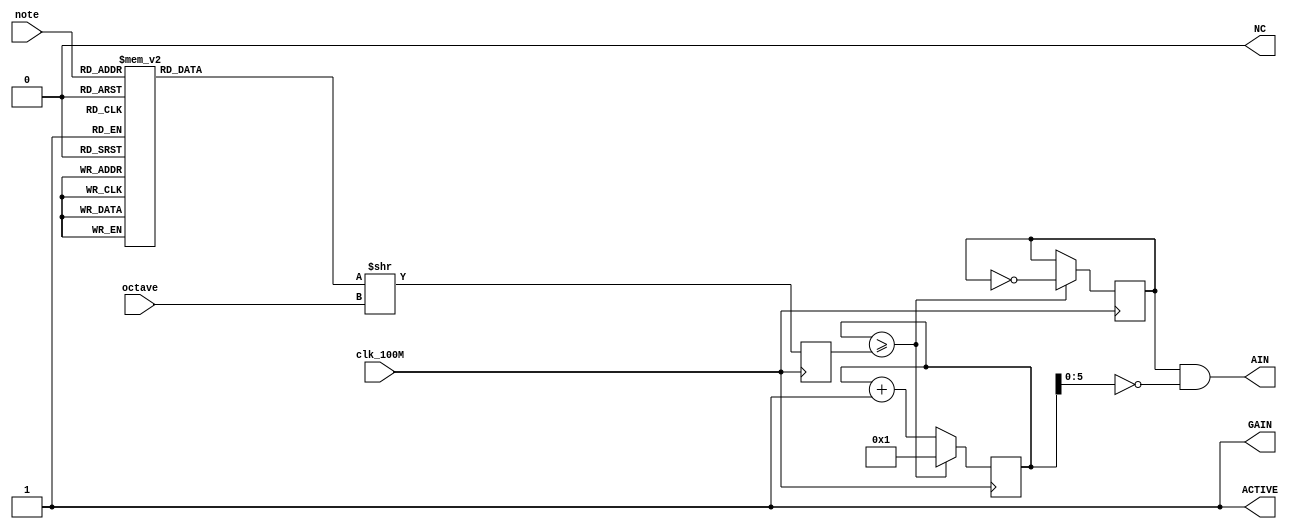
module amplifier(clk_100M, octave, note, AIN, GAIN, NC, ACTIVE);
  input clk_100M;
  input [2:0] octave;
  input [2:0] note;

  output AIN;
  output GAIN;
  output NC;
  output ACTIVE;
  
  reg [31:0] counter;
  reg [31:0] clk_dv_max;
  reg [31:0] clk_dv_max_base;

  reg speaker;
  always @ (posedge clk_100M) begin
    case (note)
      0: clk_dv_max_base = 32'd4294967295; // invalid
      1: clk_dv_max_base = 32'd3057805; // C1
      2: clk_dv_max_base = 32'd2724194; // D1
      3: clk_dv_max_base = 32'd2426982; // E1
      4: clk_dv_max_base = 32'd2290765; // F1
      5: clk_dv_max_base = 32'd2040840; // G1
      6: clk_dv_max_base = 32'd1818182; // A1
      7: clk_dv_max_base = 32'd1619816; // B1
    endcase
    clk_dv_max <= clk_dv_max_base >> octave;

    if (counter >= clk_dv_max) begin
      speaker <= ~speaker;
      counter <= 1;
    end else begin
      counter <= counter + 1;
    end
  end

  assign AIN = speaker & (counter[5:0] == 0);
  assign GAIN = 1; // high GAIN plays sound at a lower db
  assign NC = 0;
  assign ACTIVE = 1;
endmodule